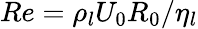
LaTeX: Re=\rho_{l}U_{0}R_{0}/\eta_{l}